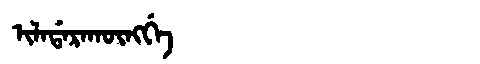
Manchu: ᡳᠯᠠᡩᠠᡵᠠᡴᡡᠩᡤᡝ
Romanization: ILADARAKŪNGGE